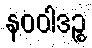
နဝဝါဒဉ္စ